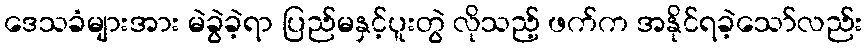
ဒေသခံများအား မဲခွဲခဲ့ရာ ပြည်မနှင့်ပူးတွဲ လိုသည့် ဖက်က အနိုင်ရခဲ့သော်လည်း